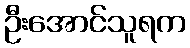
ဦးအောင်သူရက